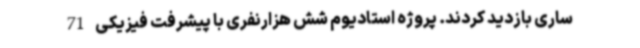
ساری بازدید کردند. پروژه استادیوم شش هزارنفری با پیشرفت فیزیکی 71